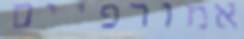
אמורפיים